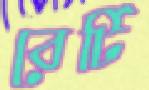
বের্টি